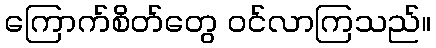
ကြောက်စိတ်တွေ ဝင်လာကြသည်။